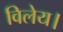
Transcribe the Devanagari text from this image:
विलेय।